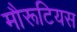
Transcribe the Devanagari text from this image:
मौरूटियस